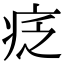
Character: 疺